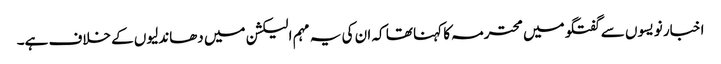
اخبار نویسوں سے گفتگو میں محترمہ کا کہنا تھا کہ ان کی یہ مہم الیکشن میں دھاندلیوں کے خلاف ہے۔